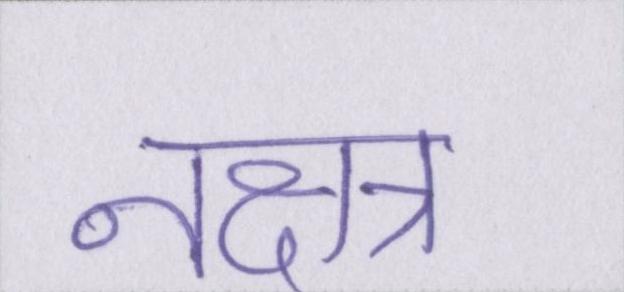
नक्षत्र